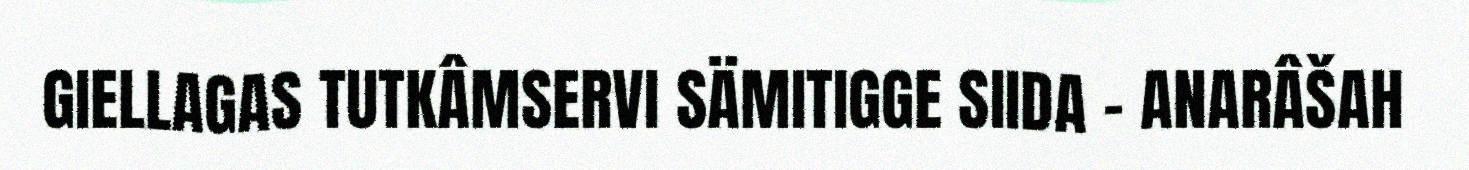
GIELLAGAS TUTKÂMSERVI SÄMITIGGE SIIDA – ANARÂŠAH